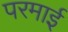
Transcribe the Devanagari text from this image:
परमाई